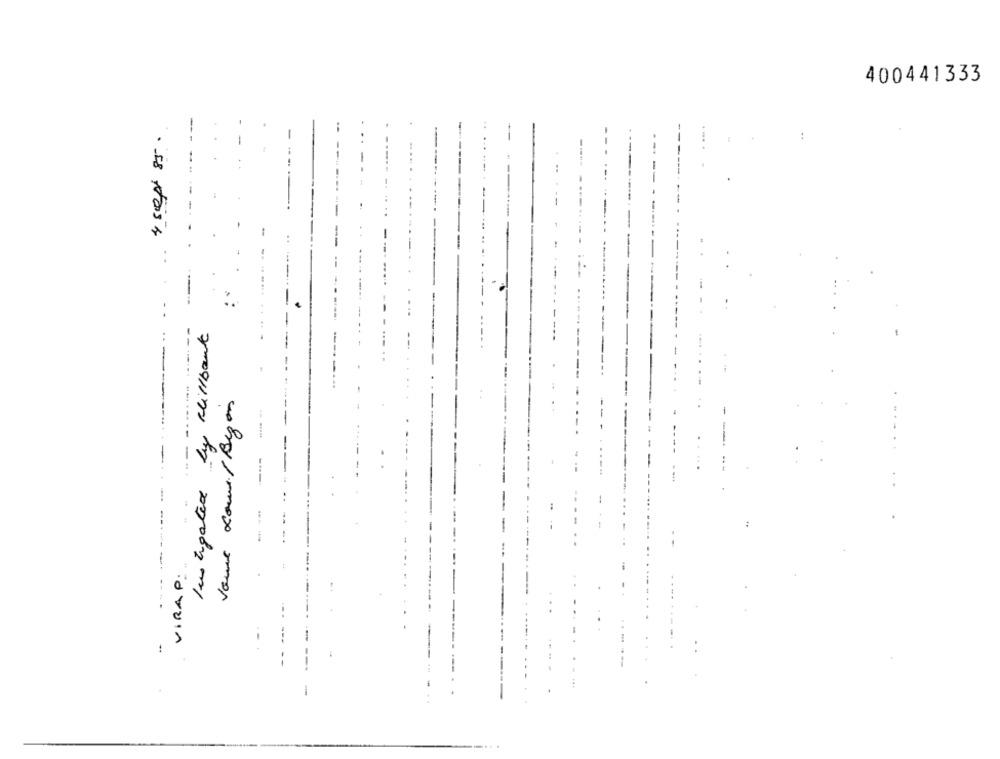
400441333
-
-
-...
---.
Instigated by Millbant
Voure court /Dezon
..
- --
--
VIRAP:
..